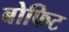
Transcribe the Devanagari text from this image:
बोफिट